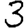
Digit: 3